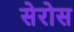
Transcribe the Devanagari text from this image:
सेरोस